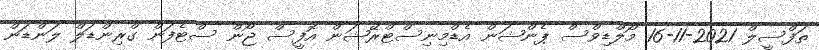
ތަފްސީލް 2021-11-16 މޯލްޑިވްސް ޕެންޝަން އެޑްމިނިސްޓްރޭޝަން އޮފީސް ޖޯން ސްޓެފަން ގްރިންޑަލް ލަންޑަން